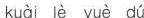
kuài lè yuè dú